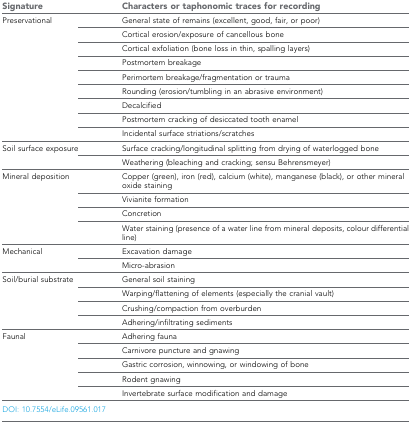
| Signature | Characters or taphonomic traces for recording |
 | --- | --- |
 | <ROWSPAN=9> Preservational | General state of remains (excellent, good, fair, or poor) |
 | Cortical erosion/exposure of cancellous bone |
 | Cortical exfoliation (bone loss in thin, spalling layers) |
 | Postmortem breakage |
 | Perimortem breakage/fragmentation or trauma |
 | Rounding (erosion/tumbling in an abrasive environment) |
 | Decalcified |
 | Postmortem cracking of desiccated tooth enamel |
 | Incidental surface striations/scratches |
 | <ROWSPAN=2> Soil surface exposure | Surface cracking/longitudinal splitting from drying of waterlogged bone |
 | Weathering (bleaching and cracking; sensu Behrensmeyer) |
 | <ROWSPAN=4> Mineral deposition | Copper (green), iron (red), calcium (white), manganese (black), or other mineral oxide staining |
 | Vivianite formation |
 | Concretion |
 | Water staining (presence of a water line from mineral deposits, colour differential line) |
 | <ROWSPAN=2> Mechanical | Excavation damage |
 | Micro-abrasion |
 | <ROWSPAN=4> Soil/burial substrate | General soil staining |
 | Warping/flattening of elements (especially the cranial vault) |
 | Crushing/compaction from overburden |
 | Adhering/infiltrating sediments |
 | <ROWSPAN=5> Faunal | Adhering fauna |
 | Carnivore puncture and gnawing |
 | Gastric corrosion, winnowing, or windowing of bone |
 | Rodent gnawing |
 | Invertebrate surface modification and damage |